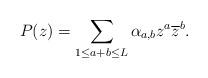
LaTeX: \begin{align*}P(z) = \sum_{1 \leq a+b \leq L} \alpha_{a, b} z^a \overline{z}^b. \end{align*}